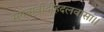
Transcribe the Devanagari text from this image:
सगवावीदीहदलवासा।।